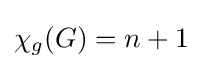
\chi _{g}(G)=n+1